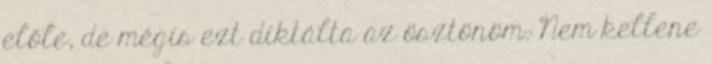
előle, de mégis ezt diktálta az ösztönöm. Nem kellene